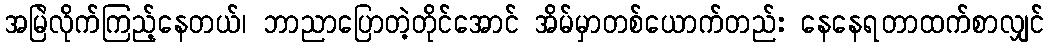
အမြဲလိုက်ကြည့်နေတယ်၊ ဘာညာပြောတဲ့တိုင်အောင် အိမ်မှာတစ်ယောက်တည်း နေနေရတာထက်စာလျှင်